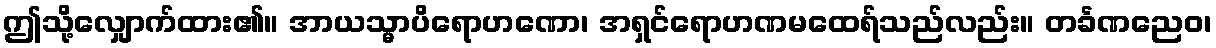
ဤသို့လျှောက်ထား၏။ အာယသ္မာပိရောဟဏော၊ အရှင်ရောဟဏမထေရ်သည်လည်း။ တင်္ခဏညေဝ၊